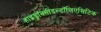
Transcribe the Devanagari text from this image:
हाइड्रॉक्सीइन्डॉलिएसिटिक